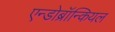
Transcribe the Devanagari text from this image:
एन्डोब्रॉन्कियल